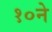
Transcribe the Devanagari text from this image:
१०ने